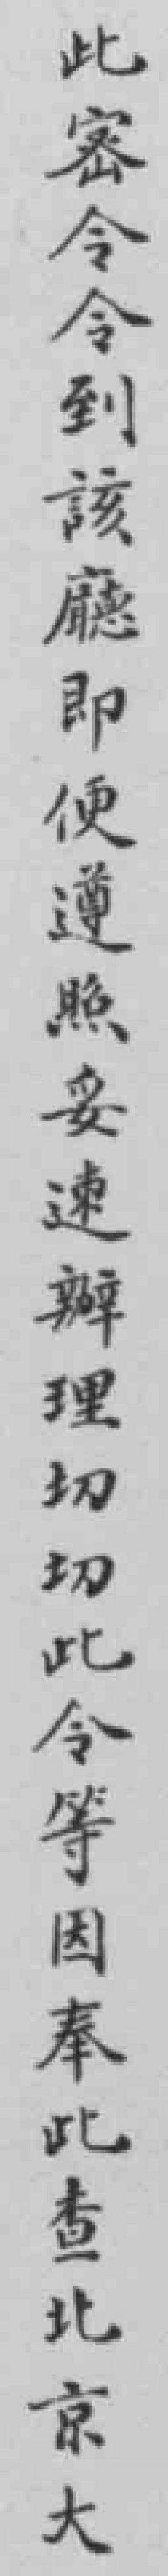
此密令令到該廳即便遵照妥速辦理切切此令等因奉此查北京大